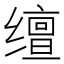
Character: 𬙉